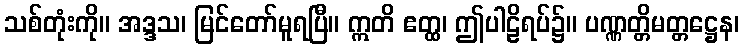
သစ်တုံးကို။ အဒ္ဒသ၊ မြင်တော်မူရပြီ။ ဣတိ ဧတ္ထ၊ ဤပါဠိရပ်၌။ ပဏ္ဏတ္တိမတ္တဋ္ဌေန၊